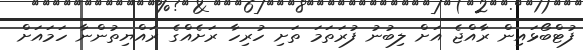
ފުޓްބޯޅައިން ރާއްޖެ އަށް ލިބުނު ފުރަތަމަ ތަށި ހުރިހާ ރަށެއްގެ ރައްޔިތުންނާ ހަމައަށް